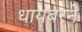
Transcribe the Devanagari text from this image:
धायबरने